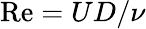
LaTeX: \mathrm{Re}=UD/\nu